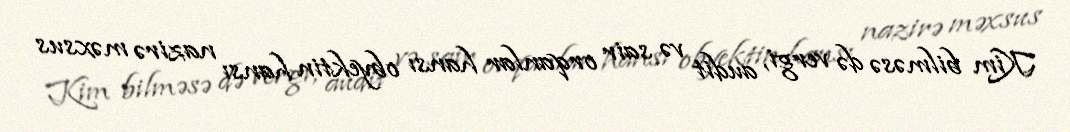
Kim bilməsə də vergi, audit və sair orqanlar hansı obyektin hansı nazirə məxsus